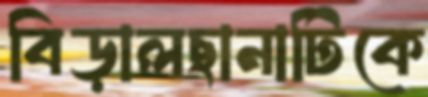
বিড়ালছানাটিকে